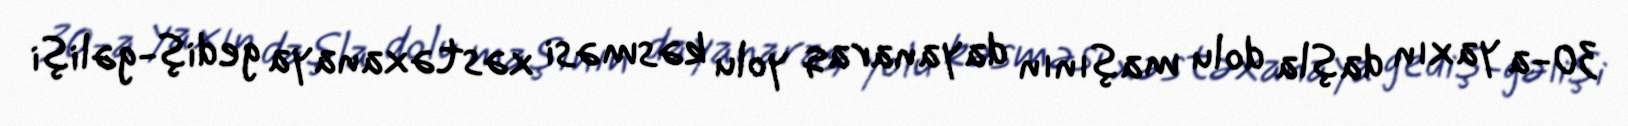
30-a yaxın daşla dolu maşının dayanaraq yolu kəsməsi xəstəxanaya gediş-gəlişi